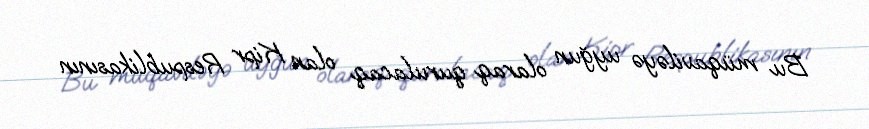
Bu müqaviləyə uyğun olaraq qurulacaq olan Kipr Respublikasının